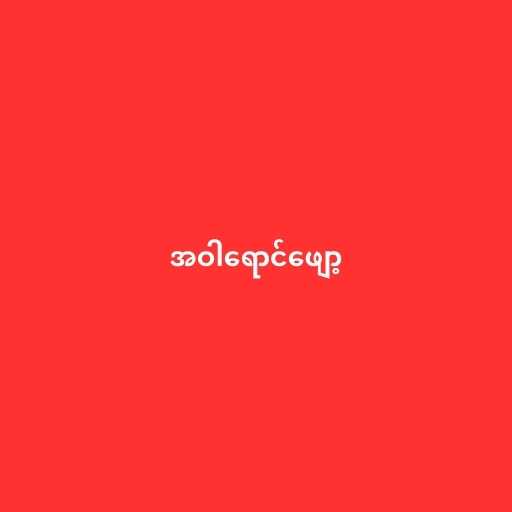
အဝါရောင်ဖျော့